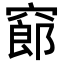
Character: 𥧫